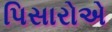
પિસારોએ